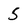
Character: 5